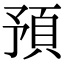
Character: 預